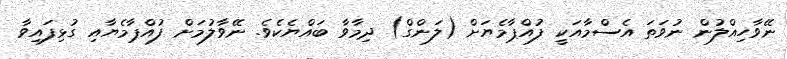
ނޭވާހިއްލުން ނުވަތަ އެސްމާއަކީ ފުއްޕާމެޔަށް (ލަންގް) ދިމާވާ ބައްޔެކެވެ. ނޭވާލުމަށް ފުއްޕާމެޔާއި ގުޅިފައިވާ